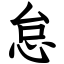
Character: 怠